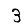
Digit: 3